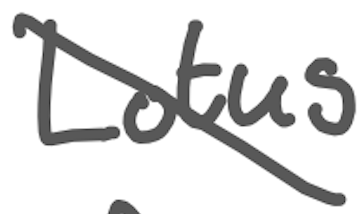
Text: Lotus
Cross-out: diagonal
Writing tool: digital_gray